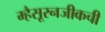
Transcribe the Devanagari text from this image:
म्हैसूरनजीकची